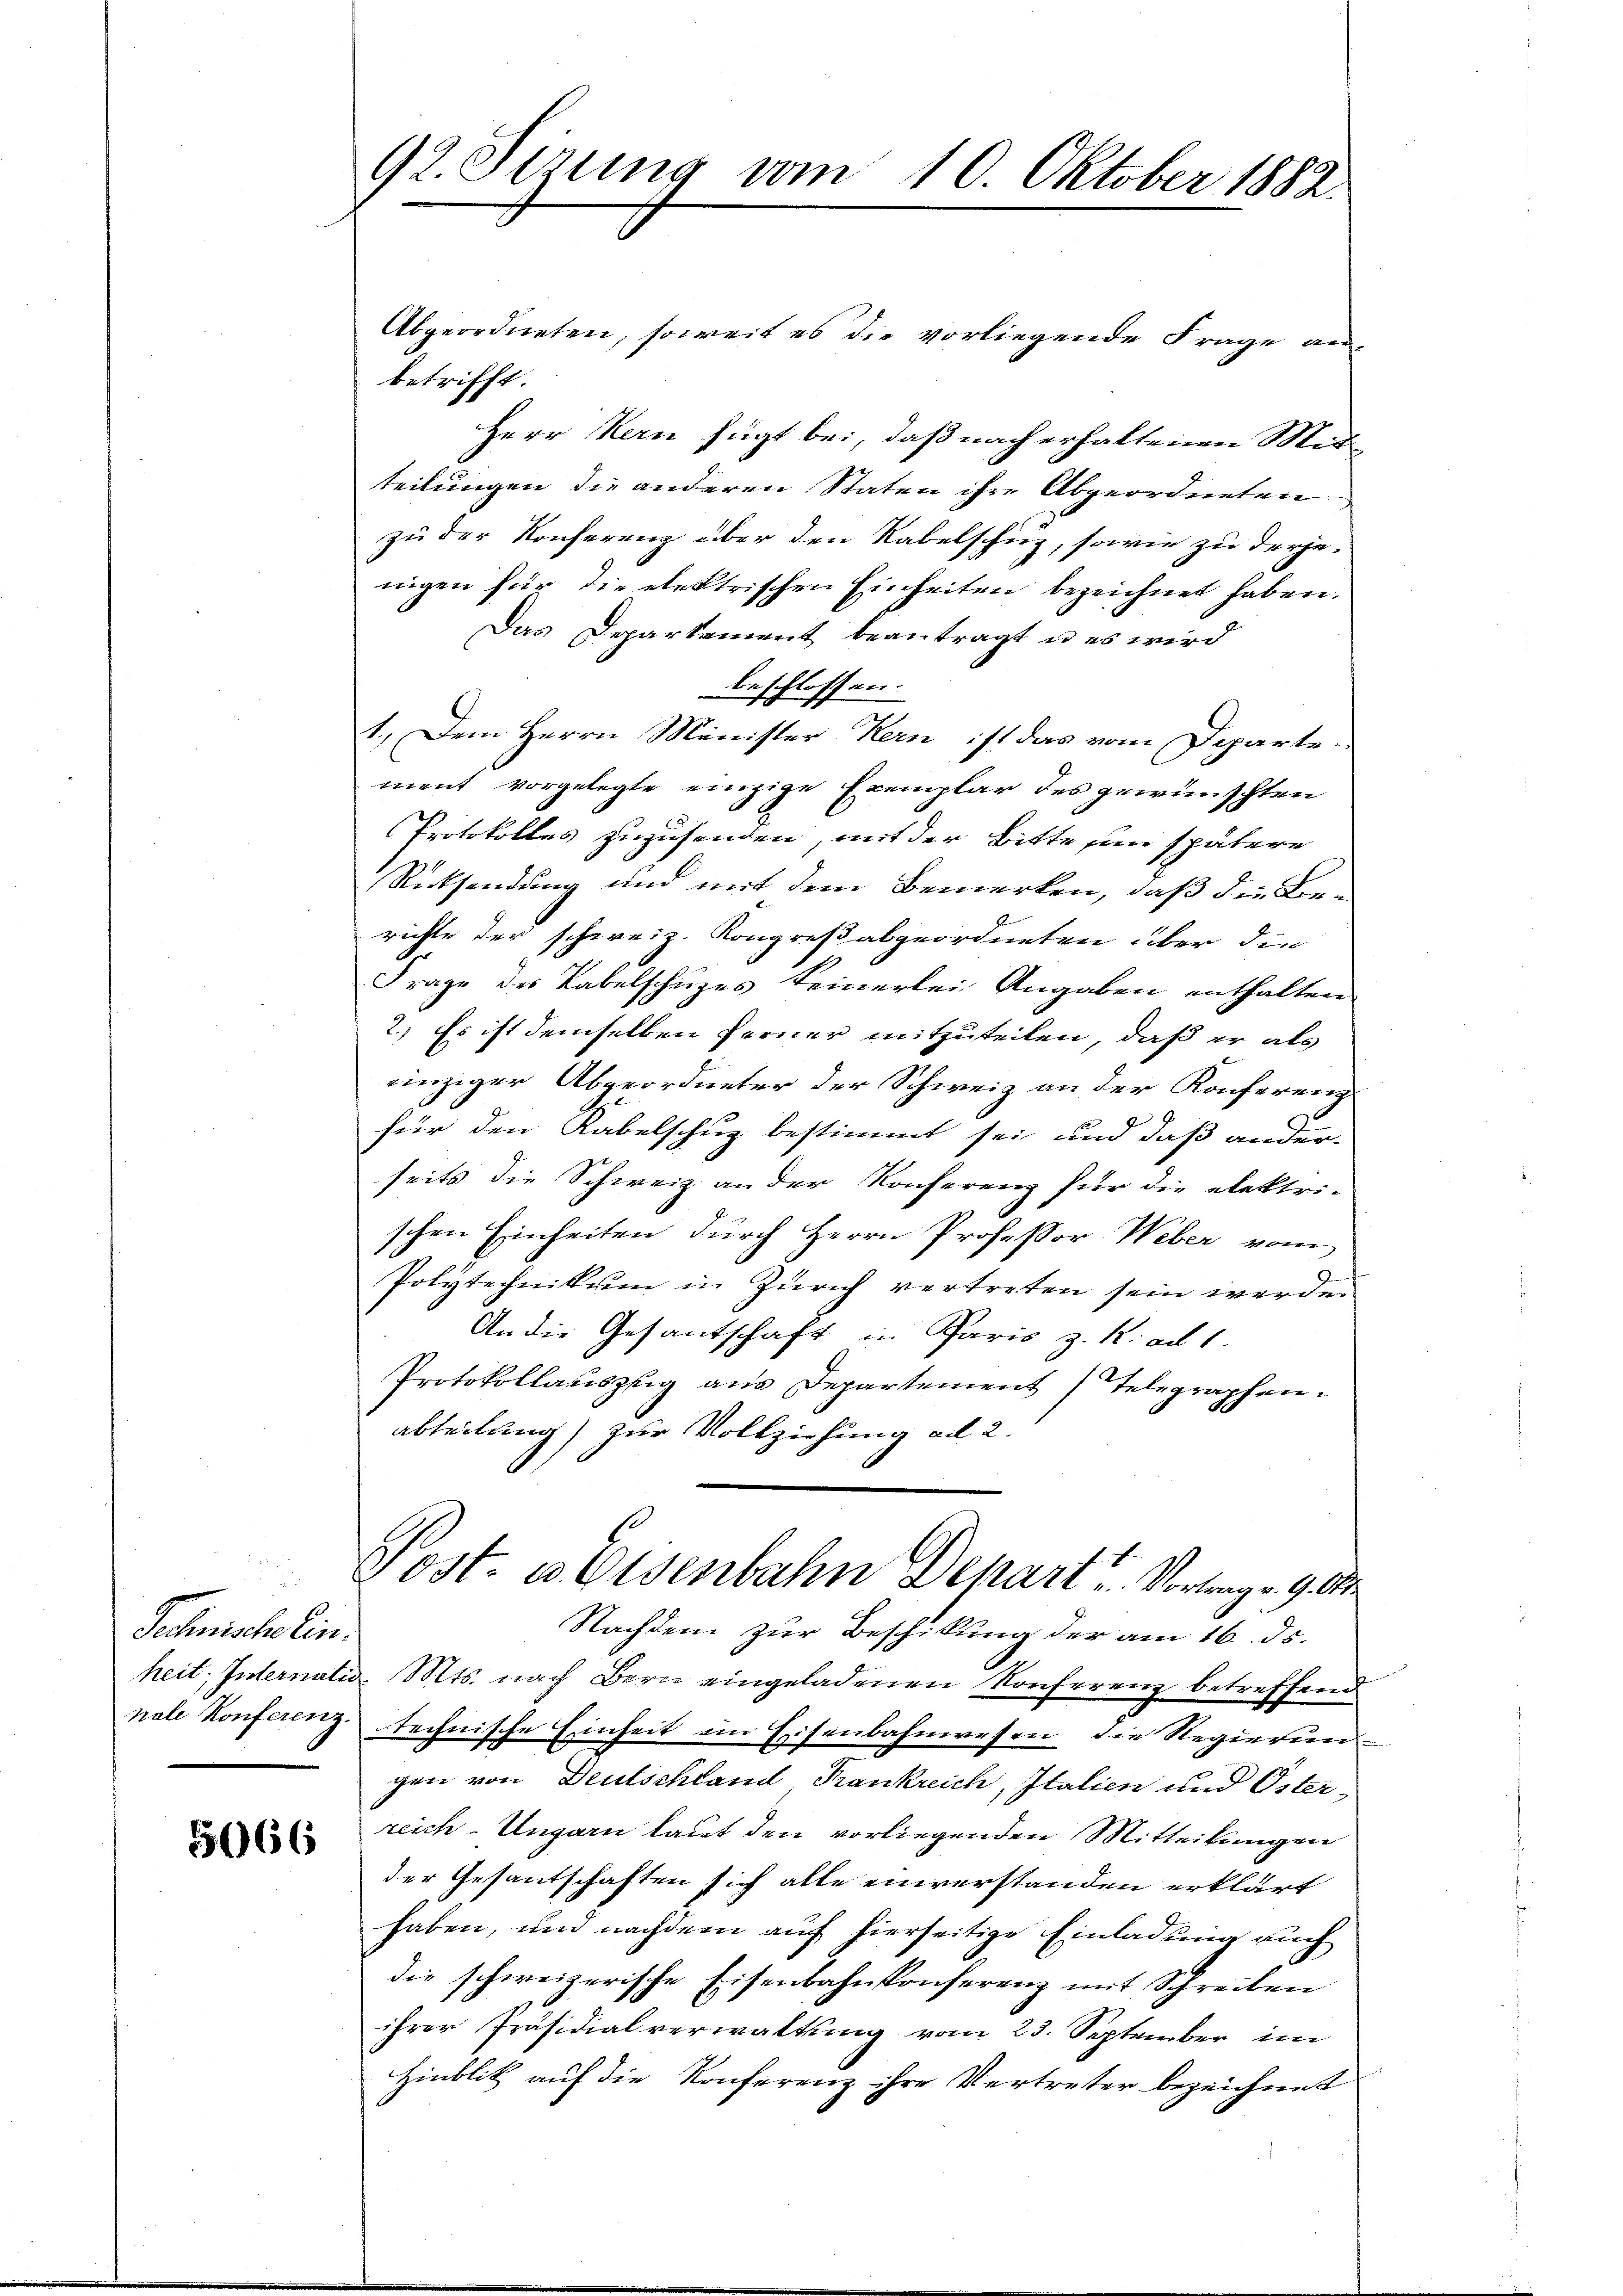
5066

92. Sirung vom 10. Oktober 1882.

Technische ein.

Abgeordneten, soweit es die vorliegende Frage an-
betrifft.
Herr Kern fügt bei, daß nach erhaltenen Mitteilungen die anderen Staten ihre Abgeordneten
zu der Konferenz über den Rabelschuz, sowie zu derje-
nigen für die elektrischen Einheiten bezeichnet haben.
Das Departement beantragt u es wird
beschlossen:
1.) Dem Herrn Minister Kern ist das vom Departement vorgelegte einzige Exemplar des gewünschten
Protokolles zuzusenden, mit der Bitte in spätere
Rücksendung und mit dem Bemerken, daß die Berichte der schweiz. Kongreß abgeordneten über die
Frage des Tabelschuzes keinerlei Angaben enthalten
2.) Es ist demselben ferner mitzuteilen, daß er als
einziger Abgeordneter der Schweiz an der Konferenz
für den Rabelschuz bestimmt sei, und daß ander-
seits die Schweiz an der Konferenz für die elektri-
schen Einheiten durch Herrn Professor Weber vom
Polytechnikum in Zürich vertreten sein werde.
An die Gesantschaft in Paris z. R. ad 1.
Protokollauszug aus Departement telegraphen.
abteilung) zur Vollziehung ad 2.
Post. es Eisenbahn Depart. Vortrag v. 9. O
Nachdem zur Beschikung der am 16. ds.
heit, Internatio Mts. nach Bern eingeladenen Konferenz betreffend
nale Konferenz technische Einheit im Eisenbahnwesen, die Regierungen von Deutschland Frankreich, Italien und Osterreich-Ungarn laut den vorliegenden Mitteilungen
der Gesantschaften sich alle einverstanden erklärt
haben, und nachdem auf hierseitige Einladung auch
die schweizerische Eisenbahnkonferenz mit Schreiben
ihrer Präsidialverwaltung vom 23. September im
Hinblik auf die Konferenz ihre Vertreter bezeichnet